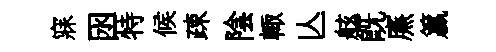
寐囦特候疎陰輙亾舷既㢘籯